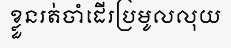
ខ្លួនរត់ចាំដើរប្រមូលលុយ